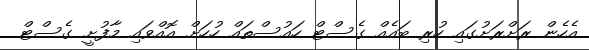
އެހެން ރަށްރަށުގައި ހުރި ބައެއް ގެސްޓް ހައުސްތައް ހުހަށް އޮއްވައި މާފުށީ ގެސްޓް